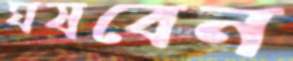
ঘষবেন